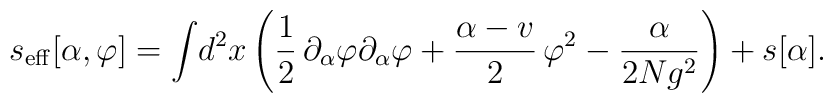
s_{\rm eff}[\alpha ,\varphi] = \int\! d^{2}x \left({1\over 2}\, \partial_{\alpha}\varphi \partial_{\alpha}\varphi +{\alpha -v\over 2}\, \varphi^{2} - {\alpha\over 2Ng^{2}} \right)+ s[\alpha].